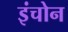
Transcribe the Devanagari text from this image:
इंचोन